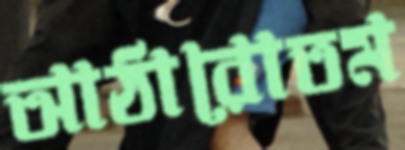
আঠারোতম